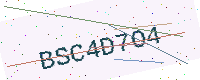
Text: BSC4D7O4